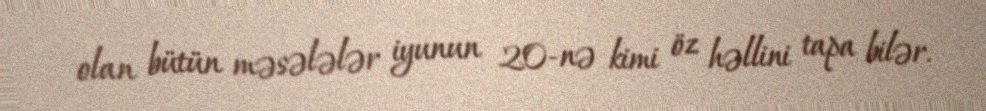
olan bütün məsələlər iyunun 20-nə kimi öz həllini tapa bilər.